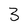
Character: 3